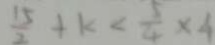
\frac { 1 5 } { 2 } + k < \frac { 5 } { 4 } \times 4